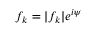
f _ { k } = | f _ { k } | e ^ { i \psi }